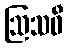
ဩသဓီ